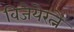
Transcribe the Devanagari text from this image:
विजेयेरत्ने